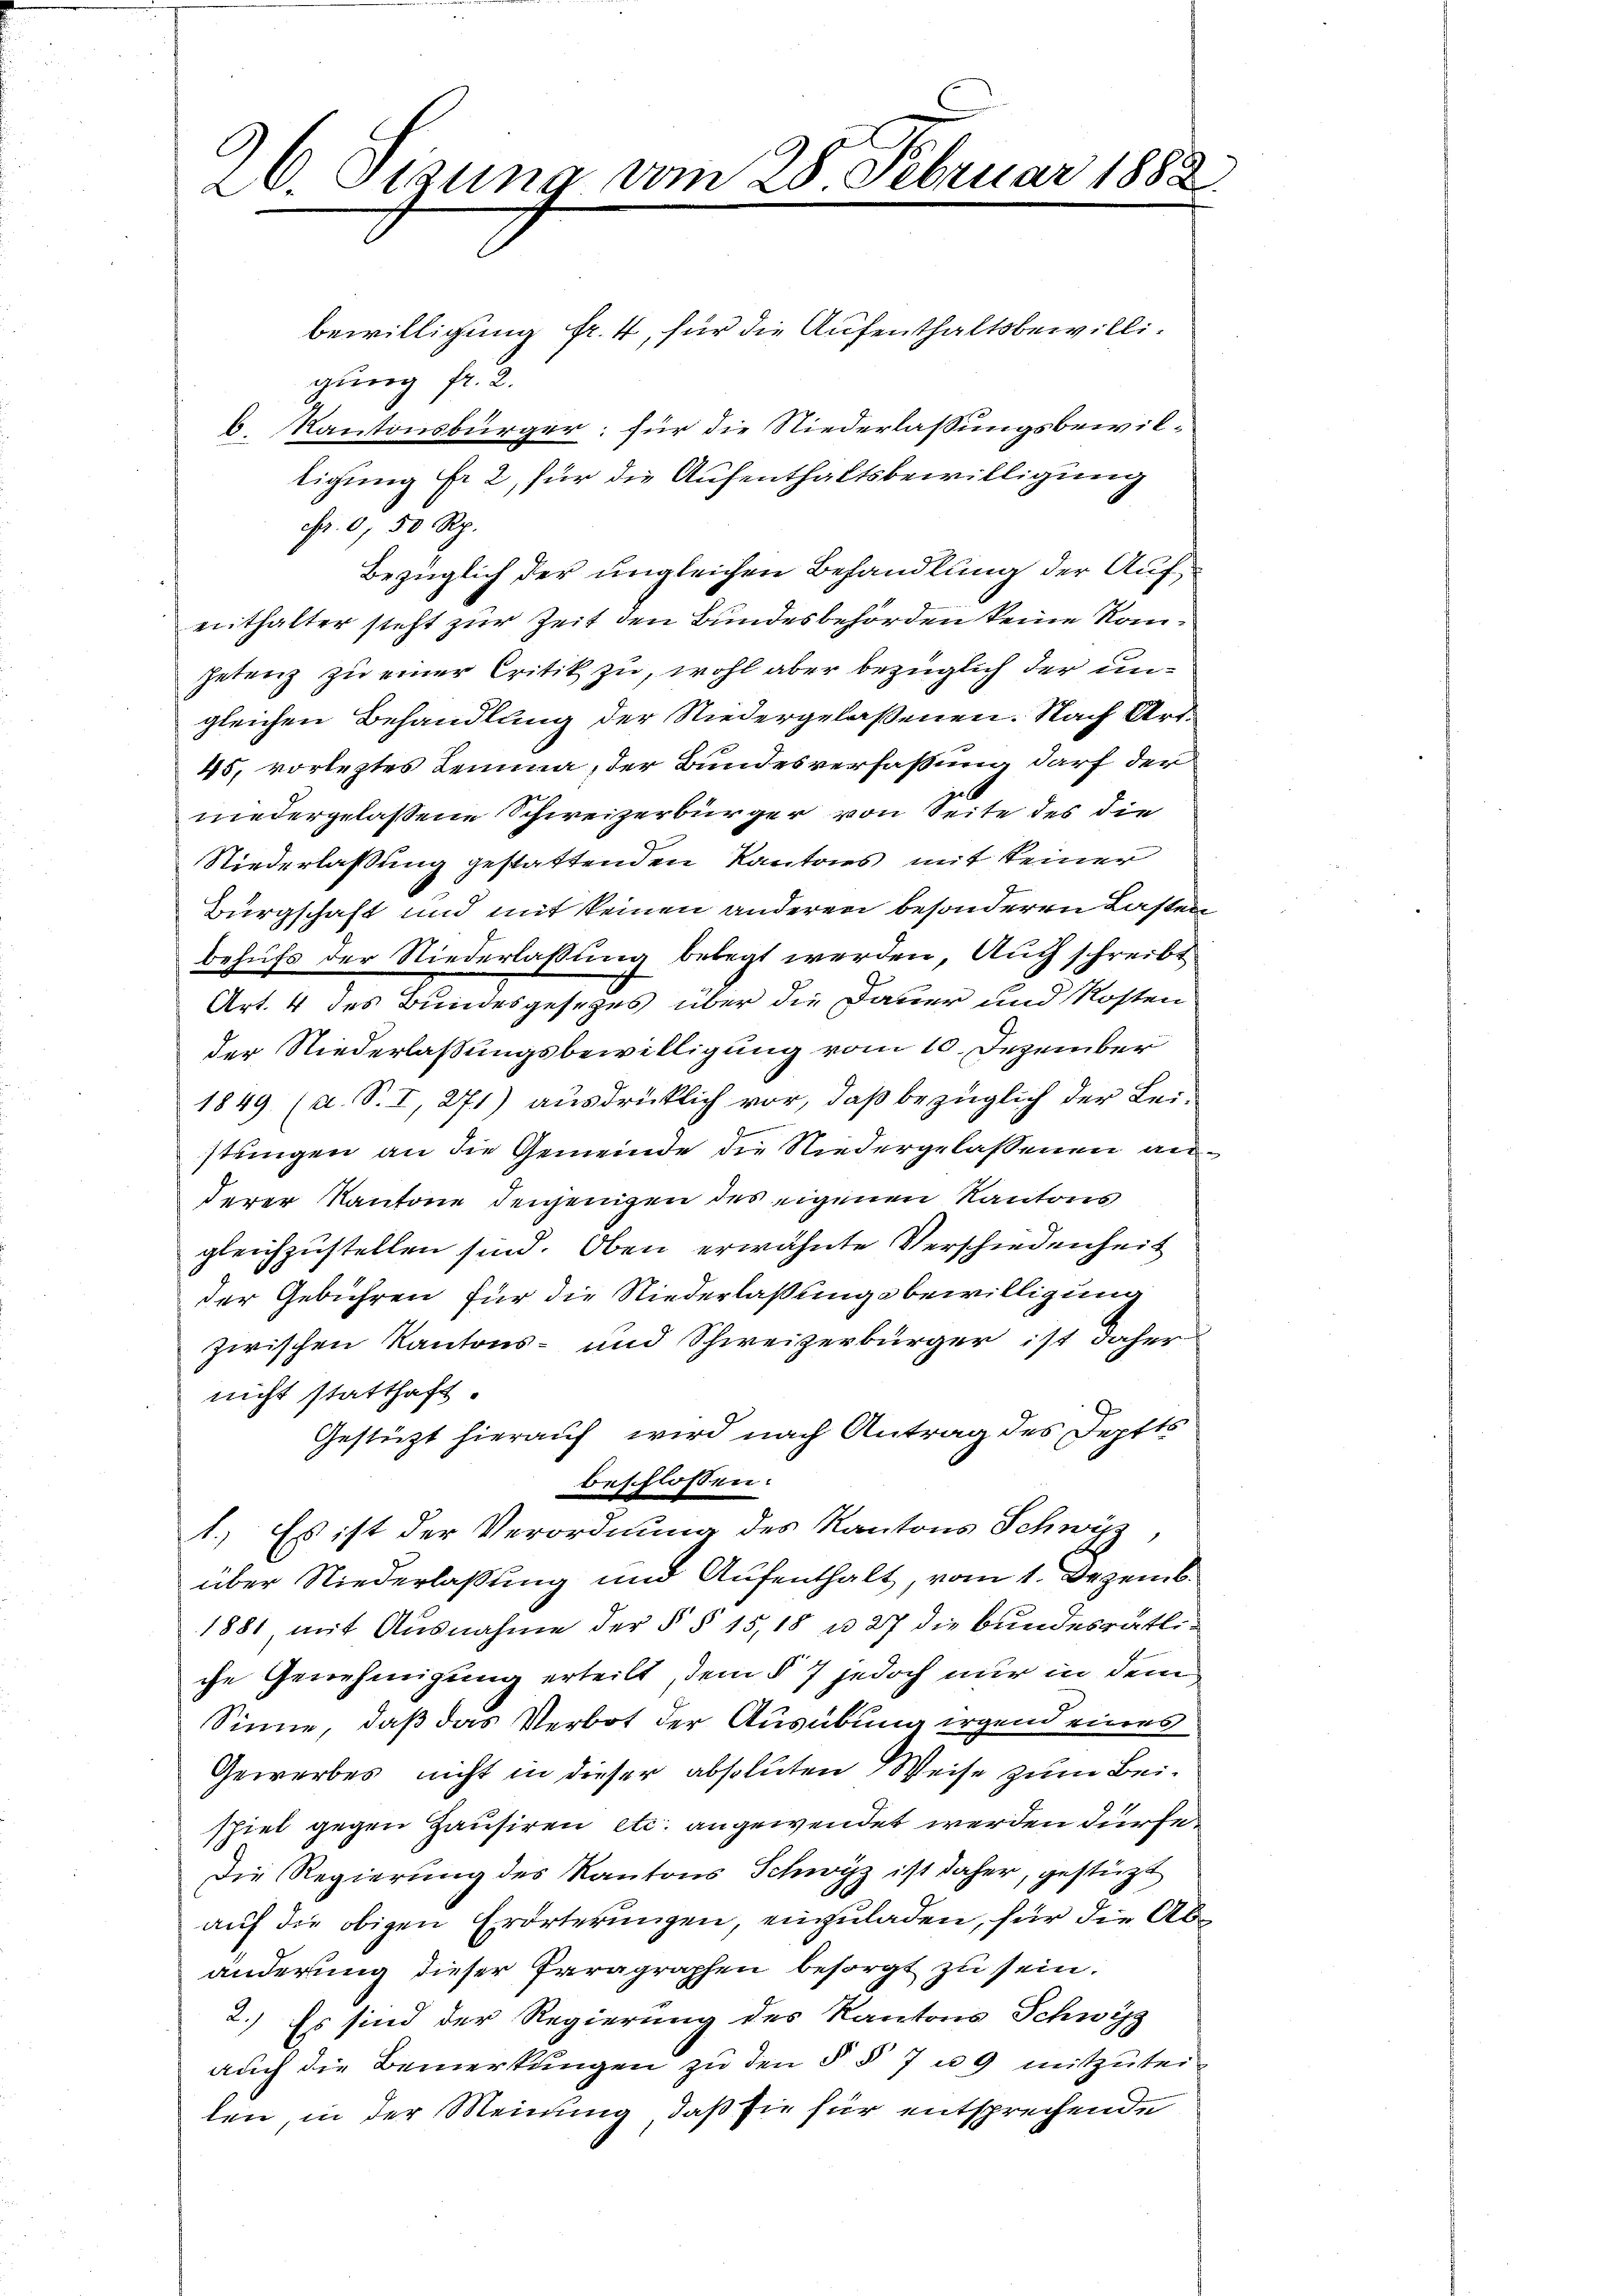
96. Sigung vom 28. Februar 1882.

bewilligung fr. 4, für die Aufenthaltsbewilligung fr. 2.
6 Kantonsbürger; für die Niederlassungsbewiltigung fr 2, für die Aufenthaltsbewilligung
c. 8, 50 Rp.
Bezüglich der ungleichen Behandlung der Aufenthalter steht zur Zeit den Bundesbehörden keine Konpetenz zu einer Critik zu, wohl aber bezüglich der ungleichen Behandlung der Niedergelassenen. Nach Art.
45, vorleztes Lemma, der Bundesverfassung darf der
niedergelassene Schweizerbürger von Seite des die
Niederlaßung gestattenden Kantons mit keiner
Bürgschaft und mit keinen anderen besonderen Lasten
behufs der Niederlassung belegt werden. Auch schreibt
Art. 4 des Bundesgesezes über die Dauer und Kosten
der Niederlaßungsbewilligung vom 10. Dezember
1849 (a. S. I, 271) ausdrücklich vor, daß bezüglich der Leistungen an die Gemeinde die Niedergelassenen anderer Kantone denjenigen des eigenen Kantons
gleichzustellen sind. Oben erwähnte Verschiedenheit
der Gebühren für die Niederlaßungsbewilligung
zwischen Kantons- und Schweizerbürger ist daher
nicht statthaft.
Gestützt hierauf wird nach Antrag des Deptts
beschlossen:
1.) Es ist der Verordnung des Kantons Schwyz,
über Niederlassung und Aufenthalt, vom 1. Dezemb.
1881, mit Ausnahme der § § 15,18 u. 27 die Bundesrätliche Genehmigung erteilt, dem § 7 jedoch nur in dem
Sinne, daß das Verbot der Ausübung irgend eines
Gewerbes nicht in dieser absoluten Weise zum Beispiel gegen Hausiren etc. angewendet werden dürfe.
Die Regierung des Kantons Schwyz ist daher, gestüzt
auf die obigen Erörterungen, einzuladen, für die Abänderung dieser Paragraphen besorgt zu sein.
2.) Es sind der Regierung des Kantons Schwyz
auch die Bemerkungen zu den § § 7 u. 9 mitzuteilen, in der Meinung, daß sie für entsprechende